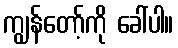
ကျွန်တော့်ကို ခေါ်ပါ။